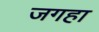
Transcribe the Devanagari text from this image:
जगहा